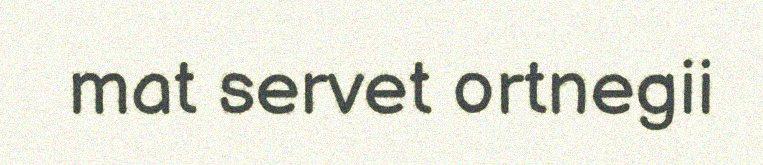
mat servet ortnegii